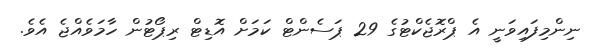
ނިންމިފައިވަނީ އެ ޕްރޮޖެކްޓުގެ 29 ޕަސެންޓް ކަމަށް އޮޑިޓް ރިޕޯޓުން ހާމަވެއްޖެ އެވެ.